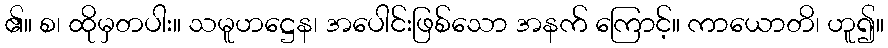
၏။ စ၊ ထိုမှတပါး။ သမူဟဋ္ဌေန၊ အပေါင်းဖြစ်သော အနက် ကြောင့်။ ကာယောတိ၊ ဟူ၍။